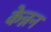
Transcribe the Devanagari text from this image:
केन्नन